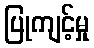
ပြုကျင့်မှု